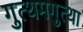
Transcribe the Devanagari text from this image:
गुत्थमगुत्था